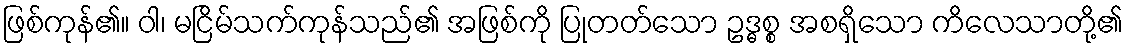
ဖြစ်ကုန်၏။ ဝါ၊ မငြိမ်သက်ကုန်သည်၏ အဖြစ်ကို ပြုတတ်သော ဥဒ္ဓစ္စ အစရှိသော ကိလေသာတို့၏